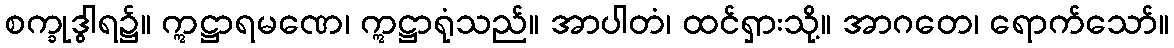
စက္ခုဒွါရ၌။ ဣဋ္ဌာရမဏေ၊ ဣဋ္ဌာရုံသည်။ အာပါတံ၊ ထင်ရှားသို့။ အာဂတေ၊ ရောက်သော်။